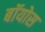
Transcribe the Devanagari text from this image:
बॉयोस